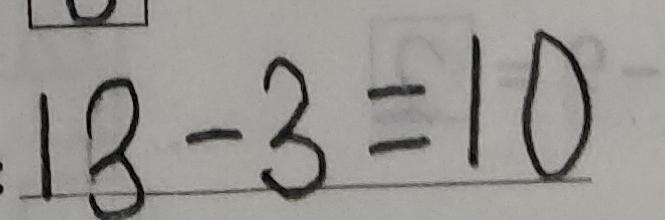
: 1 3 - 3 = 1 0